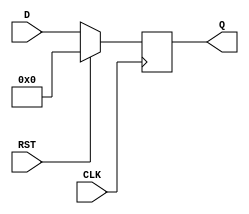
module FlipFlopRegister #(
    parameter N = 8  // Width of the register (number of bits)
)(
    input wire [N-1:0] D,    // Data inputs
    input wire CLK,           // Clock input
    input wire RST,           // Reset input
    output reg [N-1:0] Q      // Data outputs
);

// Synchronous Reset
always @(posedge CLK) begin
    if (RST) begin
        Q <= 0;  // Reset all bits to 0
    end else begin
        Q <= D;  // Capture data on clock edge
    end
end

// Uncomment the following block for Asynchronous Reset
/*
always @(posedge CLK or posedge RST) begin
    if (RST) begin
        Q <= 0;  // Reset all bits to 0
    end else begin
        Q <= D;  // Capture data on clock edge
    end
end
*/

endmodule